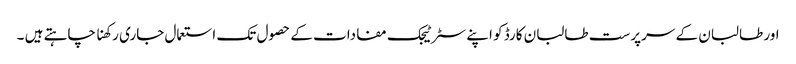
اور طالبان کے سرپرست طالبان کارڈ کو اپنے سٹرٹیجک مفادات کے حصول تک استعمال جاری رکھنا چاہتے ہیں ۔